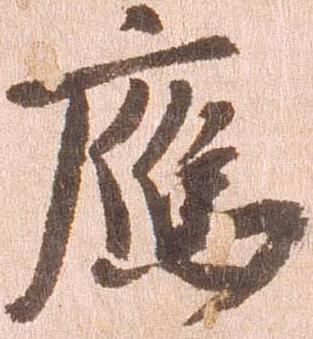
応